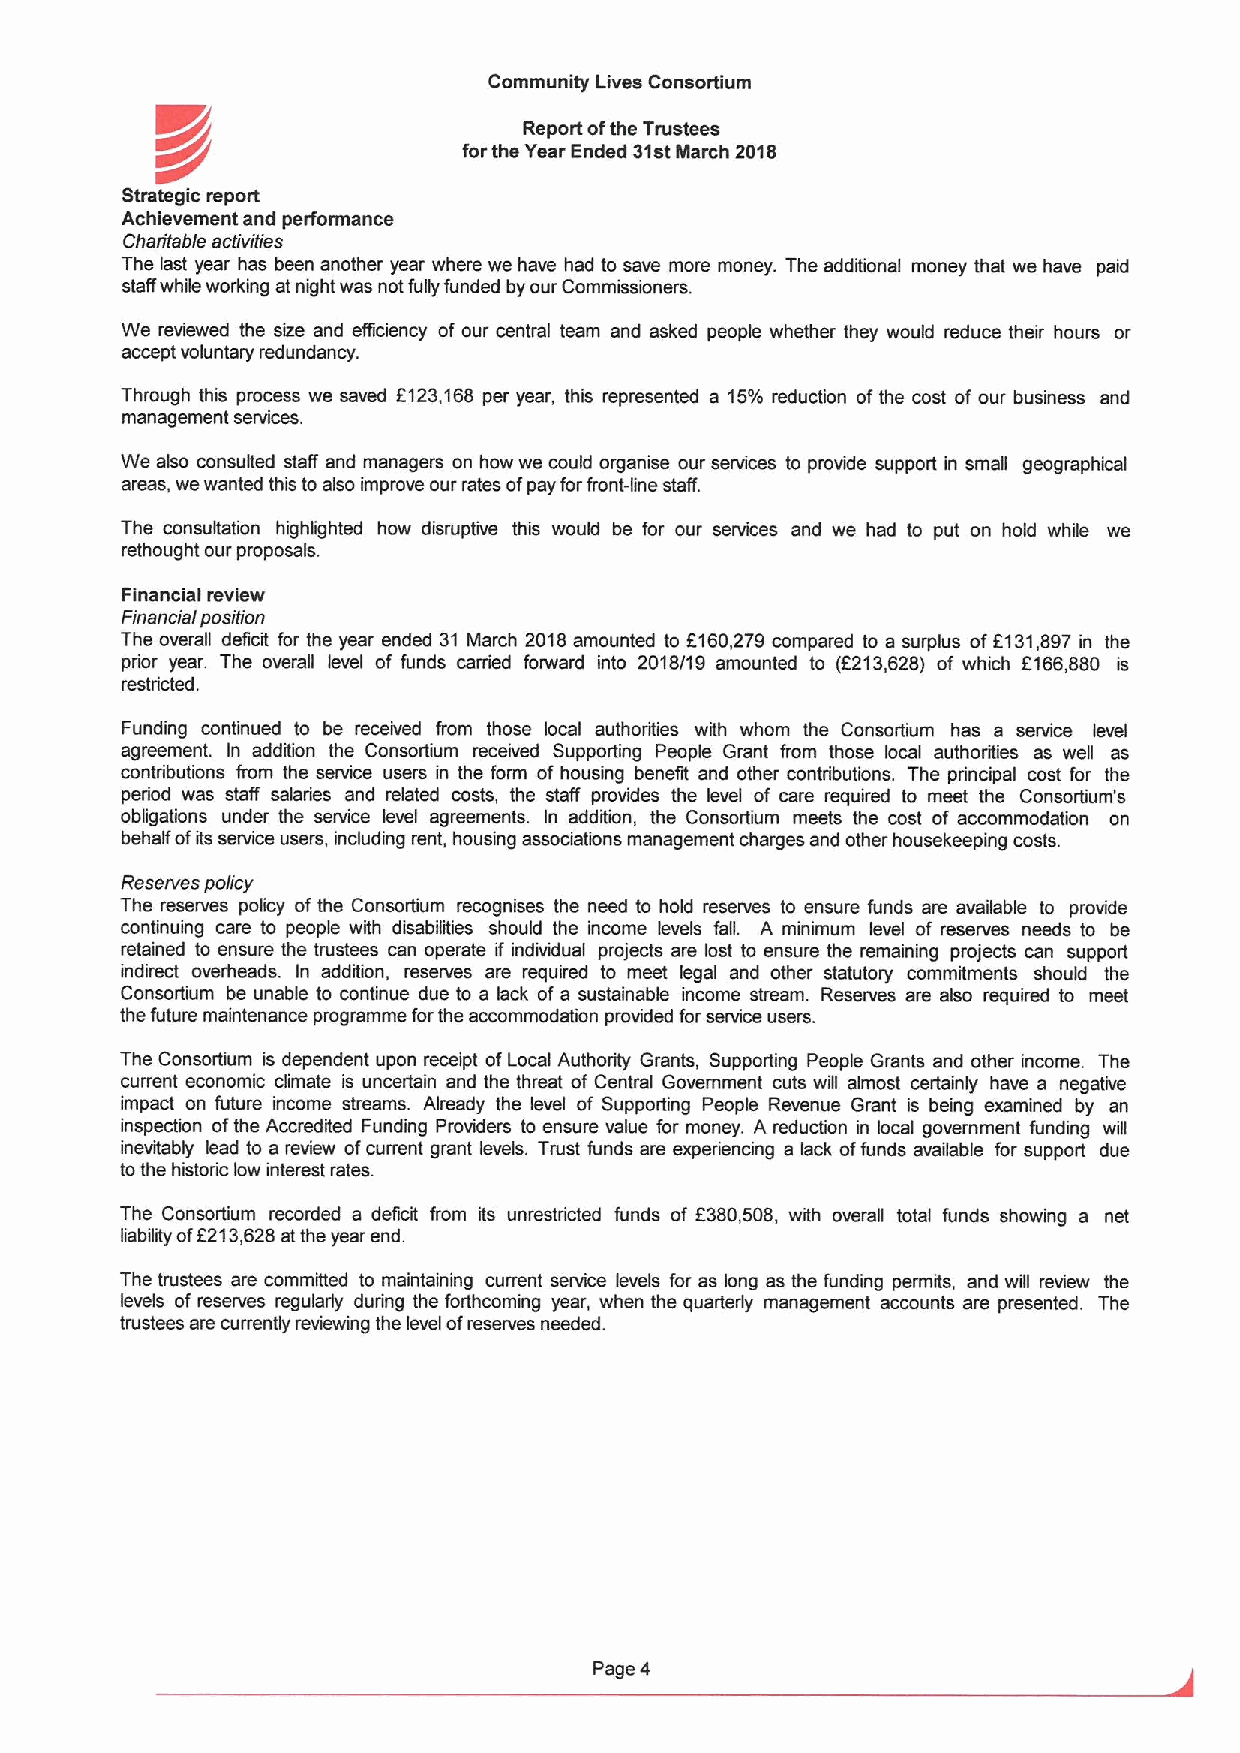
Community Lives Consortium
 K/~                      Report ofthe Trustees
 forthe Year Ended 31stMarch 2018
 Strategic report
 Achievement and performance
 Charitable aclivilies
 The last year has been another year where we have had to save more money. The additional money that we have paid
 staffwhile working at night was not fully funded by our Commissioners.
 We reviewed the size and efficiency of our central team and asked people whether they would reduce their hours or
 accept voluntary redundancy.
 Through this process we saved f123,168 per year, this represented a 15%reduction ofthe cost of our business and
 management services.
 We also consulted stalf and managers on how we could organise our senrices to provide support in small geographical
 areas, we wanted this to also improve our rates ofpay forfront-line staff.
 The consultation highlighted how disruptive this would be for our senrices and we had to put on hold while we
 rethought our proposals.
 Financial review
 Financial posilion
 The overall deficit for the year ended 31 March 2018amounted to f160,279 compared to a surplus off 131,897 in the
 prior year. The overall level of funds cerned forward into 2018/19 amounted to (6213,628) of which 6166,880 is
 restricted.
 Funding continued to be received from those local authorities with whom the Consortium has a service level
 agreement. In addition the Consortium received Supporting People Grant from those local authorities as well as
 contributions from the senrice users in the form of housing benefit and other contributions. The principal cost for the
 period was staff salaries and related costs, the staff provides the level of care required to meet the Consortium's
 obligations under the service level agreements. In addition, the Consortium meets the cost of accommodation on
 behalf ofits senrice users, including rent, housing associations management charges and other housekeeping costs.
 Reserves policy
 The reserves policy ofthe Consortium recognises the need to hold reserves to ensure funds are available to provide
 continuing care to people with disabilities should the income levels fall. A minimum level of reserves needs to be
 retained to ensure the trustees can operate if indhridual projects are lost to ensure the remaining projects can support
 indirect overheads. In addition, reserves are required to meet legal and other statutory commitments should the
 Consortium be unable to continue due to a lack of a sustainable income stream. Reserves are also required to meet
 the future maintenance programme forthe acoommodation provided forservice users.
 The Consortium is dependent upon receipt ofLocal Authority Grants, Supporting People Grants and other income. The
 current economic climate is uncertain and the threat of Central Government cuts will almost certainly have a negative
 impact on future income streams. Already the level of Supporting People Revenue Grant is being examined by an
 inspection ofthe Accredited Funding Providers to ensure value for money. A reduction in local government funding will
 inevitably lead to a review ofcurrent grant levels. Trust funds are experiencing a lack offunds available for support due
 tothe historic low interest rates.
 The Consortium recorded a deficit from its unrestricted funds of 6380,508, with overall total funds showing a net
 liability off213,628atthe year end.
 The trustees are committed to maintaining current service levels for as long as the funding permits, and will review the
 levels of reserves regularly during the forthcoming year, when the quarterly management accounts are presented. The
 trustees are currently reviewing the level ofreserves needed.
 Page 4